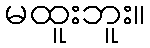
မထူးဘူး။